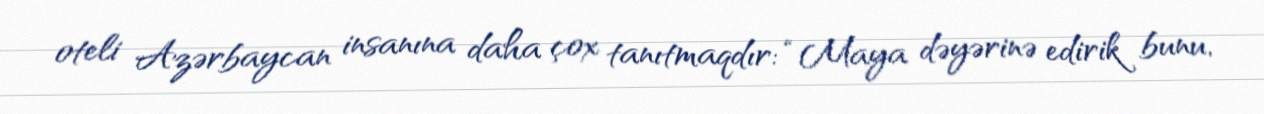
oteli Azərbaycan insanına daha çox tanıtmaqdır: “Maya dəyərinə edirik bunu,